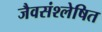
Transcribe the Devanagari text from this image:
जैवसंश्लेषित